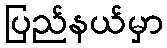
ပြည်နယ်မှာ